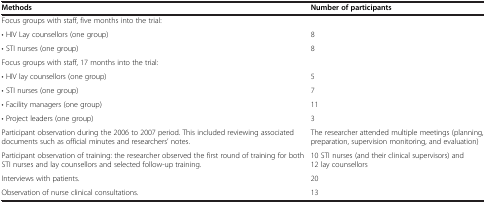
<table><thead><tr><td><b>Methods</b></td><td><b>Number of participants</b></td></tr></thead><tbody><tr><td>Focus groups with staff, five months into the trial:</td><td>[EMPTY_CELL]</td></tr><tr><td>• HIV Lay counsellors (one group)</td><td>8</td></tr><tr><td>• STI nurses (one group)</td><td>8</td></tr><tr><td>Focus groups with staff, 17 months into the trial:</td><td>[EMPTY_CELL]</td></tr><tr><td>• HIV lay counsellors (one group)</td><td>5</td></tr><tr><td>• STI nurses (one group)</td><td>7</td></tr><tr><td>• Facility managers (one group)</td><td>11</td></tr><tr><td>• Project leaders (one group)</td><td>3</td></tr><tr><td>Participant observation during the 2006 to 2007 period. This included reviewing associated documents such as official minutes and researchers’ notes.</td><td>The researcher attended multiple meetings (planning, preparation, supervision monitoring, and evaluation)</td></tr><tr><td>Participant observation of training: the researcher observed the first round of training for both STI nurses and lay counsellors and selected follow-up training.</td><td>10 STI nurses (and their clinical supervisors) and 12 lay counsellors</td></tr><tr><td>Interviews with patients.</td><td>20</td></tr><tr><td>Observation of nurse clinical consultations.</td><td>13</td></tr></tbody></table>